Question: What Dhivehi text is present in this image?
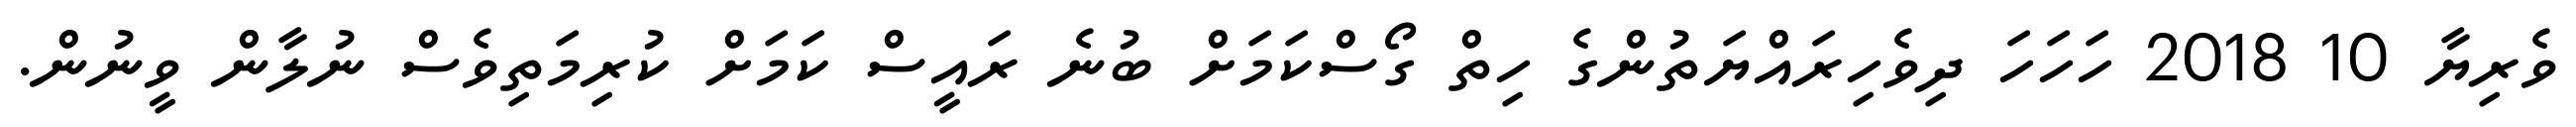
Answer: ވެރިޔާ 10 2018 ހަހަހަ ދިވެހިރައްޔަތުންގެ ހިތް ގޯސްކަމަށް ބުނެ ރައީސް ކަމަށް ކުރިމަތިވެސް ނުލާން ވީނުން.